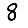
Digit: 8